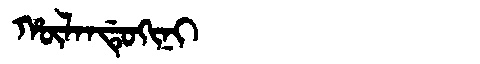
Manchu: ᡥᡡᠯᠠᠨᡩᡠᡴᡳᠨᡳ
Romanization: HŪLANDUKINI